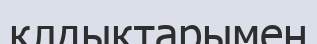
қлдықтарымен